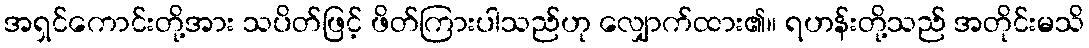
အရှင်ကောင်းတို့အား သပိတ်ဖြင့် ဖိတ်ကြားပါသည်ဟု လျှောက်ထား၏။ ရဟန်းတို့သည် အတိုင်းမသိ